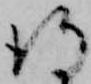
得